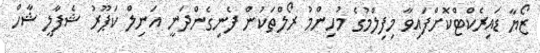
ޒޯޔާ ޑައިރެކްޓްކޮށްފައިވާ މިިފިލްމުގެ މުހިންމު ރޯލްތަކުން ފެނިގެންދަނީ އަނިލް ކަޕޫރު ޝެފާލީ ޝާހް